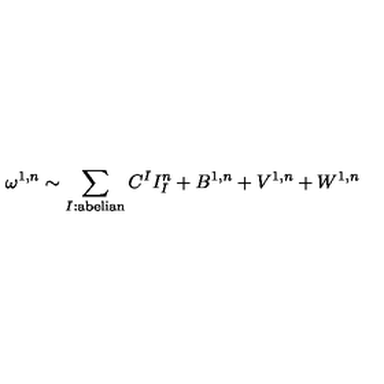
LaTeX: \omega ^ { 1 , n } \sim \sum _ { I : \mathrm { a b e l i a n } } C ^ { I } I _ { I } ^ { n } + B ^ { 1 , n } + V ^ { 1 , n } + W ^ { 1 , n }